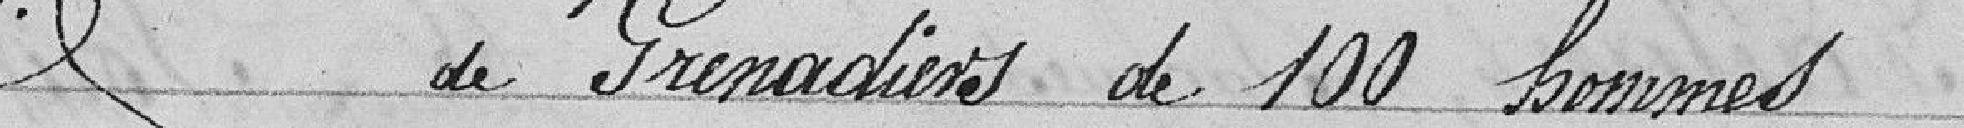
3° idem de Grenadiers de 100 hommes